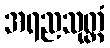
အရညသုတ္တံ